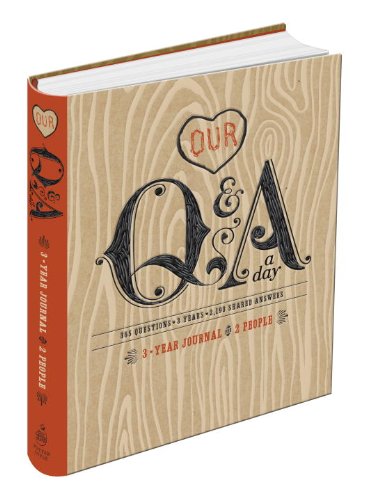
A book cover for Our Q&A a Day: 3-Year Journal for 2 People; Potter Style; Arts & Photography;